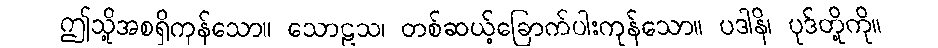
ဤသို့အစရှိကုန်သော။ သောဠသ၊ တစ်ဆယ့်ခြောက်ပါးကုန်သော။ ပဒါနိ၊ ပုဒ်တို့ကို။